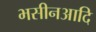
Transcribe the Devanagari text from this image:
भसीनआदि